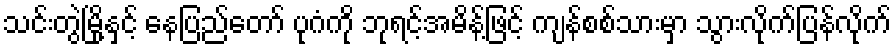
သင်းတွဲမြို့နှင့် နေပြည်တော် ပုဂံကို ဘုရင့်အမိန့်ဖြင့် ကျန်စစ်သားမှာ သွားလိုက်ပြန်လိုက်